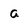
Character: a